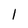
Character: 1